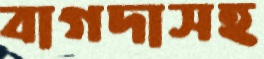
বাগদাসহ